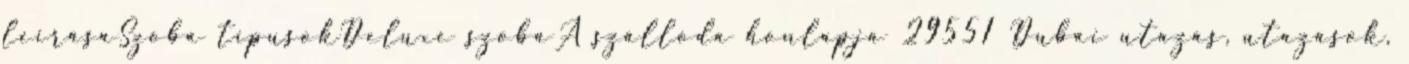
leírásaSzoba típusokDeluxe szobaA szálloda honlapja 29551 Dubai utazás, utazások,